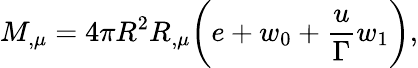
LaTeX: M_{,\mu}=4\pi R^{2}R_{,\mu}\biggl({e+w_{0}+{\frac{u}{\Gamma}}w_{1}}\biggr),